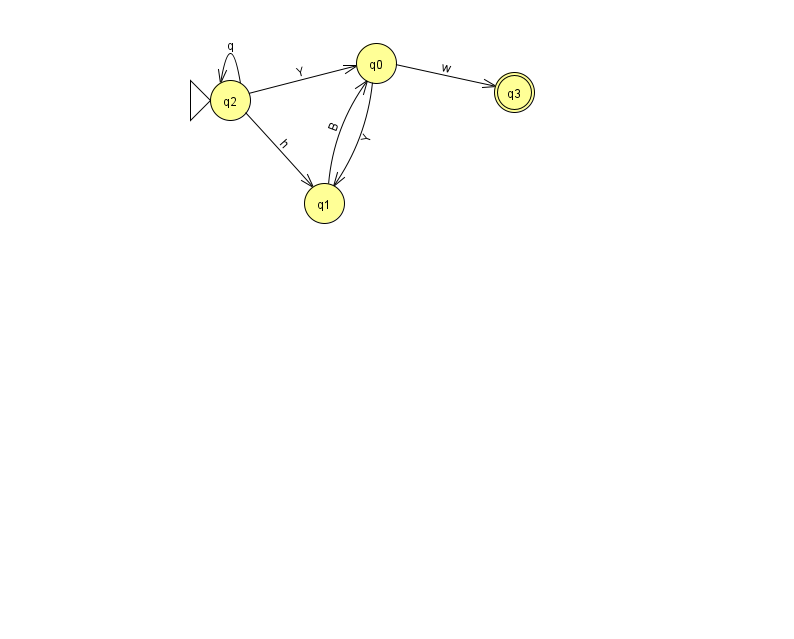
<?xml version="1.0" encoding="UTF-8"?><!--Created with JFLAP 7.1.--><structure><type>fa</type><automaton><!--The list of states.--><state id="0" name="q0"><x>376.0</x><y>50.0</y></state><state id="1" name="q1"><x>324.0</x><y>190.0</y></state><state id="2" name="q2"><x>230.0</x><y>87.0</y><initial/></state><state id="3" name="q3"><x>514.0</x><y>79.0</y><final/></state><!--The list of transitions.--><transition><from>0</from><to>3</to><read>w</read></transition><transition><from>2</from><to>2</to><read>q</read></transition><transition><from>0</from><to>1</to><read>Y</read></transition><transition><from>2</from><to>1</to><read>h</read></transition><transition><from>2</from><to>0</to><read>Y</read></transition><transition><from>1</from><to>0</to><read>B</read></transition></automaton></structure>